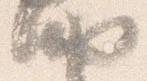
納